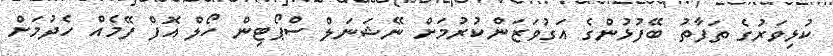
ކުޅިވަރުގެ ތަފާތު ބޭފުޅުންގެ އަގުވަޒަންކުރުމަށް ނޭޝަނަލް ސްޕޯޓިން ހޯލް އޮފް ފޭމެއް ހެދުމަށް